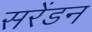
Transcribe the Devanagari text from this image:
सरेंडन